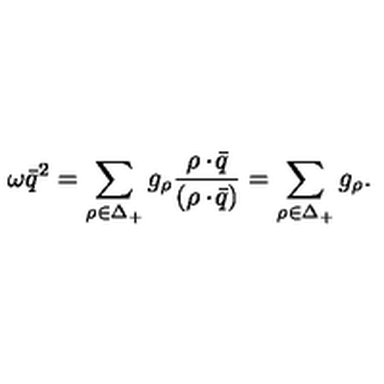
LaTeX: \omega \bar { q } ^ { 2 } = \sum _ { \rho \in \Delta _ { + } } g _ { \rho } { \frac { \rho \cdot \! \bar { q } } { ( \rho \cdot \! \bar { q } ) } } = \sum _ { \rho \in \Delta _ { + } } g _ { \rho } .